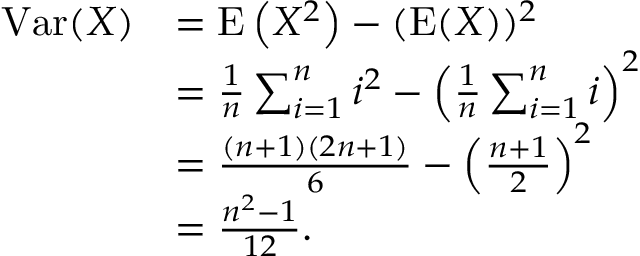
{ \begin{array} { r l } { \operatorname { V a r } ( X ) } & { = \operatorname { E } \left( X ^ { 2 } \right) - ( \operatorname { E } ( X ) ) ^ { 2 } } \\ & { = { \frac { 1 } { n } } \sum _ { i = 1 } ^ { n } i ^ { 2 } - \left( { \frac { 1 } { n } } \sum _ { i = 1 } ^ { n } i \right) ^ { 2 } } \\ & { = { \frac { ( n + 1 ) ( 2 n + 1 ) } { 6 } } - \left( { \frac { n + 1 } { 2 } } \right) ^ { 2 } } \\ & { = { \frac { n ^ { 2 } - 1 } { 1 2 } } . } \end{array} }